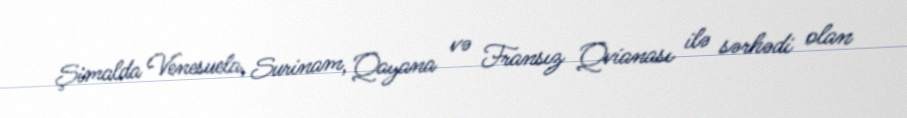
Şimalda Venesuela, Surinam, Qayana və Fransız Qvianası ilə sərhədi olan